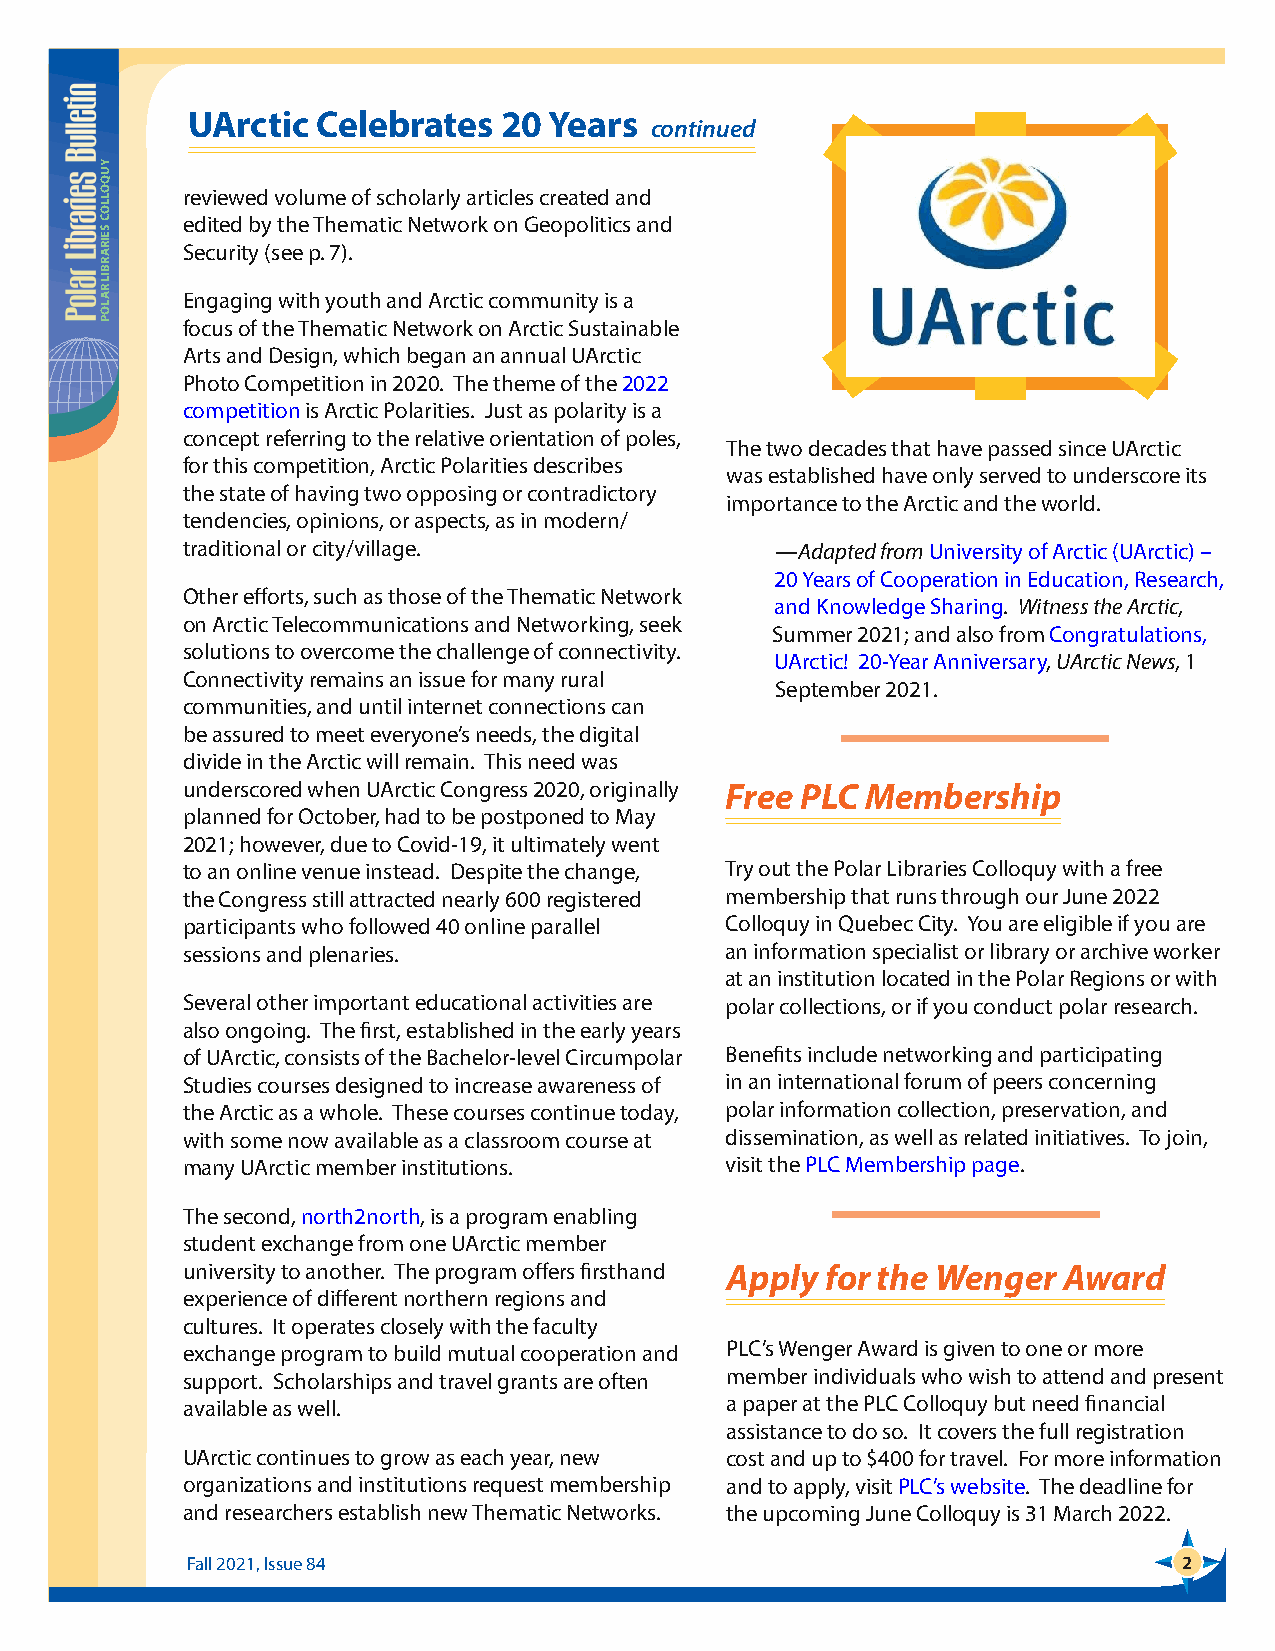
UArctic  Celebrates  20 Years
 continued
 reviewed volume of scholarly articles created and
 edited by the Thematic Network on Geopolitics and
 Security (see p. 7).
 Engaging with youth and Arctic community is a
 focus of the Thematic Network on Arctic Sustainable
 Arts and Design, which began an annual UArctic
 Photo Competition in 2020. The theme of the 2022
 competition is Arctic Polarities. Just as polarity is a
 concept referring to the relative orientation of poles,
 The two decades that have passed since UArctic
 for this competition, Arctic Polarities describes
 was established have only served to underscore its
 the state of having two opposing or contradictory
 importance to the Arctic and the world.
 tendencies, opinions, or aspects, as in modern/
 traditional or city/village.           —Adapted from University of Arctic (UArctic) –
 20 Years of Cooperation in Education, Research,
 Other efforts, such as those of the Thematic Network
 and Knowledge Sharing. Witness the Arctic,
 on Arctic Telecommunications and Networking, seek
 Summer 2021; and also from Congratulations,
 solutions to overcome the challenge of connectivity.
 UArctic! 20-Year Anniversary, UArctic News, 1
 Connectivity remains an issue for many rural
 September 2021.
 communities, and until internet connections can
 be assured to meet everyone’s needs, the digital
 divide in the Arctic will remain. This need was
 underscored when UArctic Congress 2020, originally Free PLC Membership
 planned for October, had to be postponed to May
 2021; however, due to Covid-19, it ultimately went
 to an online venue instead. Despite the change, Try out the Polar Libraries Colloquy with a free
 the Congress still attracted nearly 600 registered membership that runs through our June 2022
 participants who followed 40 online parallel Colloquy in Quebec City. You are eligible if you are
 sessions and plenaries.             an information specialist or library or archive worker
 at an institution located in the Polar Regions or with
 Several other important educational activities are polar collections, or if you conduct polar research.
 also ongoing. The first, established in the early years
 of UArctic, consists of the Bachelor-level Circumpolar Benefits include networking and participating
 Studies courses designed to increase awareness of in an international forum of peers concerning
 the Arctic as a whole. These courses continue today, polar information collection, preservation, and
 with some now available as a classroom course at dissemination, as well as related initiatives. To join,
 many UArctic member institutions.   visit the PLC Membership page.
 The second, north2north, is a program enabling
 student exchange from one UArctic member
 university to another. The program offers firsthand Apply for the Wenger Award
 experience of different northern regions and
 cultures. It operates closely with the faculty
 exchange program to build mutual cooperation and PLC’s Wenger Award is given to one or more
 support. Scholarships and travel grants are often member individuals who wish to attend and present
 available as well.                  a paper at the PLC Colloquy but need financial
 assistance to do so. It covers the full registration
 UArctic continues to grow as each year, new cost and up to $400 for travel. For more information
 organizations and institutions request membership and to apply, visit PLC’s website. The deadline for
 and researchers establish new Thematic Networks. the upcoming June Colloquy is 31 March 2022.
 Fall 2021, Issue 84                                               2
 YUQOLLOC
 SEIRARBIL
 RALOP